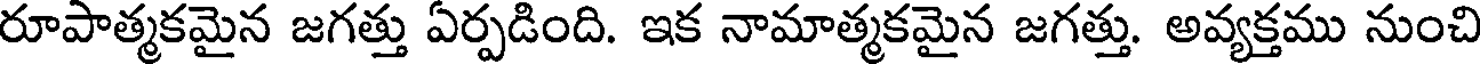
రూపాత్మకమైన జగత్తు ఏర్పడింది. ఇక నామాత్మకమైన జగత్తు. అవ్యక్తము నుంచి